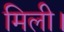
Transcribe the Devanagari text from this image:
मिली।